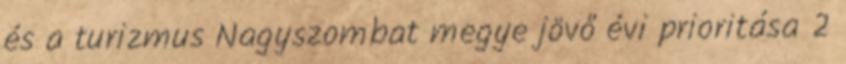
és a turizmus Nagyszombat megye jövő évi prioritása 2